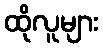
ထိုလူများ